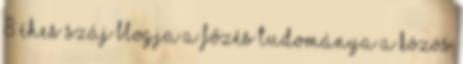
8 éhes száj blogja A főzés tudománya A közös